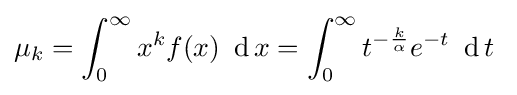
\mu _{k}=\int _{0}^{\infty }x^{k}f(x)\ \operatorname {d} x=\int _{0}^{\infty }t^{-{\frac {k}{\alpha }}}e^{-t}\ \operatorname {d} t\